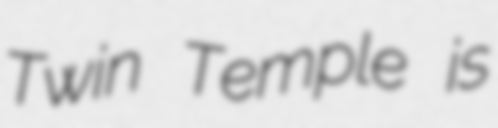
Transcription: Twin Temple is